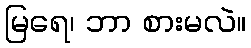
မြရေ၊ ဘာ စားမလဲ။